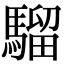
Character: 騮